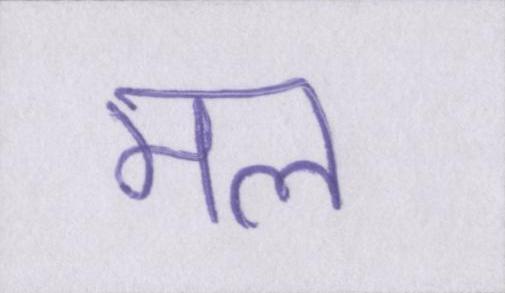
मल